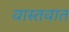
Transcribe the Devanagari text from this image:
वास्‍तवात